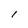
Character: l